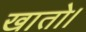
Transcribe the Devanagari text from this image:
खातो।